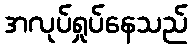
အလုပ်ရှုပ်နေသည်